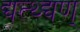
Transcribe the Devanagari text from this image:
द्यत्थ्द्यण्